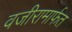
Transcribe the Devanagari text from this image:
वजीरामार्फत